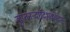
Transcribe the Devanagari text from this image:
लुप्तनन्दादिभववेदनः।